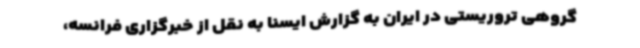
گروهی تروریستی در ایران به گزارش ایسنا به نقل از خبرگزاری فرانسه،